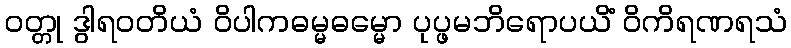
ဝတ္တု ဒွါရဝတိယံ ဝိပါကဓမ္မဓမ္မော ပုပ္ဖမဘိရောပယိံ ဝိကိရဏရသံ